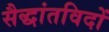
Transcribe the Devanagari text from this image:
सैद्धांतविदों